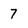
Character: 7